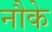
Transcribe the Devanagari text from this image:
नौके